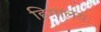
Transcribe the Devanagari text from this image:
हिमालयः